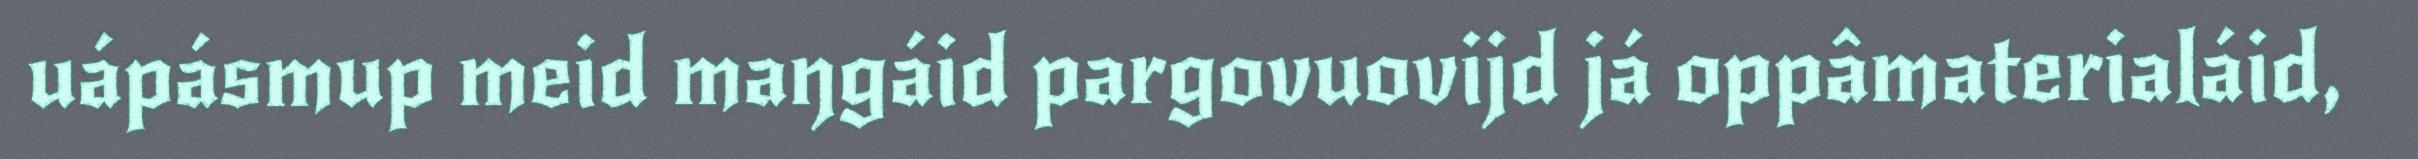
uápásmup meid maŋgáid pargovuovijd já oppâmaterialáid,